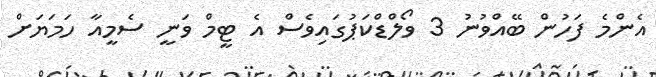
އެންމެ ފަހުން ބޭއްވުނު 3 ވޯލްޑްކަޕުގައިވެސް އެ ޓީމް ވަނީ ސެމީއާ ހަމަޔަށް